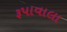
રૂપાવાલા